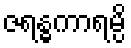
ဇရန္ဓကာရမ္ပိ